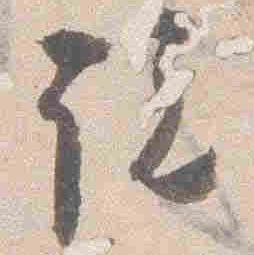
説